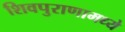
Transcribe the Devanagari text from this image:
शिवपुराणामध्ये